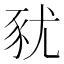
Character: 𧰰